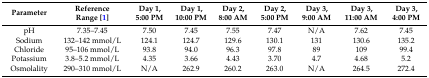
<table><thead><tr><td><b>Parameter</b></td><td><b>Reference Range [1]</b></td><td><b>Day 1, 5:00 PM</b></td><td><b>Day 1, 10:00 PM</b></td><td><b>Day 2, 8:00 AM</b></td><td><b>Day 2, 5:00 PM</b></td><td><b>Day 3, 9:00 AM</b></td><td><b>Day 3, 11:00 AM</b></td><td><b>Day 3, 4:00 PM</b></td></tr></thead><tbody><tr><td>pH</td><td>7.35–7.45</td><td>7.50</td><td>7.45</td><td>7.55</td><td>7.47</td><td>N/A</td><td>7.62</td><td>7.45</td></tr><tr><td>Sodium</td><td>132–142 mmol/L</td><td>124.1</td><td>124.7</td><td>129.6</td><td>130.1</td><td>131</td><td>130.6</td><td>135.2</td></tr><tr><td>Chloride</td><td>95–106 mmol/L</td><td>93.8</td><td>94.0</td><td>96.3</td><td>97.8</td><td>89</td><td>109</td><td>99.4</td></tr><tr><td>Potassium</td><td>3.8–5.2 mmol/L</td><td>4.35</td><td>3.66</td><td>4.43</td><td>3.70</td><td>4.7</td><td>4.68</td><td>5.2</td></tr><tr><td>Osmolality</td><td>290–310 mmol/L</td><td>N/A</td><td>262.9</td><td>260.2</td><td>263.0</td><td>N/A</td><td>264.5</td><td>272.4</td></tr></tbody></table>